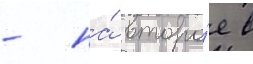
- на́ второ́е в